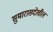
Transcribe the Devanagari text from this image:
सुमारासदेखील